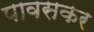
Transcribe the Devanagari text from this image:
पावसकर